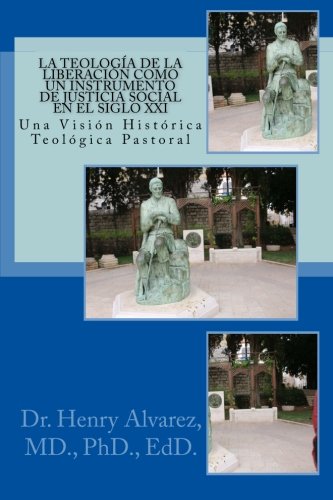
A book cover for La Teologia de la Liberacion Como un Instrumento de Justicia Social en el Siglo XXI: Una VisiÃ³n HistÃ³rica - TeolÃ³gica Pastoral (Spanish Edition); P, Dr. Henry Alvarez MD.; Christian Books & Bibles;